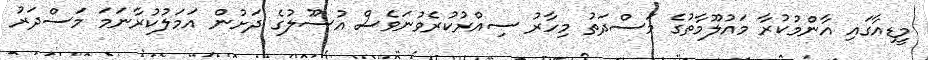
މީޑިއާގައި އާންމުކުރާ މައުލޫމާތުގެ މަސްދަތު މިހާރު ސިއްރުކުރެވުނަވެސް އުސޫލުގެ ދަށުން އަމަލުކުރާނަމަ މަސްދަރު